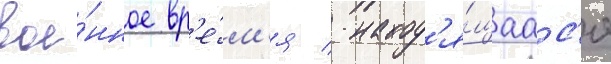
вое́нное вр'е́м'я / наход'я́щаас'я